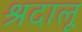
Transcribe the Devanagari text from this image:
श्रदालू